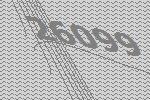
26099